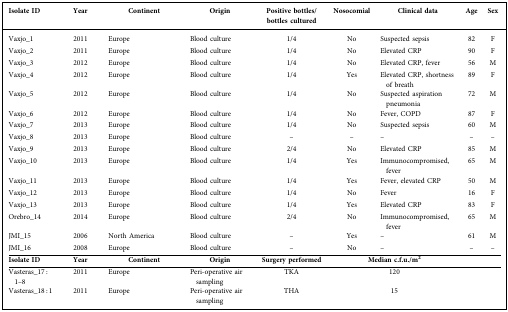
<table><thead><tr><td><b>Isolate ID</b></td><td><b>Year</b></td><td><b>Continent</b></td><td><b>Origin</b></td><td><b>Positive bottles/bottles cultured</b></td><td><b>Nosocomial</b></td><td><b>Clinical data</b></td><td><b>Age</b></td><td><b>Sex</b></td></tr></thead><tbody><tr><td>Vaxjo_1</td><td>2011</td><td>Europe</td><td>Blood culture</td><td>1/4</td><td>No</td><td>Suspected sepsis</td><td>82</td><td>F</td></tr><tr><td>Vaxjo_2</td><td>2011</td><td>Europe</td><td>Blood culture</td><td>1/4</td><td>No</td><td>Elevated CRP</td><td>90</td><td>F</td></tr><tr><td>Vaxjo_3</td><td>2012</td><td>Europe</td><td>Blood culture</td><td>1/4</td><td>No</td><td>Elevated CRP, fever</td><td>56</td><td>M</td></tr><tr><td>Vaxjo_4</td><td>2012</td><td>Europe</td><td>Blood culture</td><td>1/4</td><td>Yes</td><td>Elevated CRP, shortness of breath</td><td>89</td><td>F</td></tr><tr><td>Vaxjo_5</td><td>2012</td><td>Europe</td><td>Blood culture</td><td>1/4</td><td>No</td><td>Suspected aspiration pneumonia</td><td>72</td><td>M</td></tr><tr><td>Vaxjo_6</td><td>2012</td><td>Europe</td><td>Blood culture</td><td>1/4</td><td>No</td><td>Fever, COPD</td><td>87</td><td>F</td></tr><tr><td>Vaxjo_7</td><td>2013</td><td>Europe</td><td>Blood culture</td><td>1/4</td><td>No</td><td>Suspected sepsis</td><td>60</td><td>M</td></tr><tr><td>Vaxjo_8</td><td>2013</td><td>Europe</td><td>Blood culture</td><td>–</td><td>–</td><td>–</td><td>–</td><td>–</td></tr><tr><td>Vaxjo_9</td><td>2013</td><td>Europe</td><td>Blood culture</td><td>2/4</td><td>No</td><td>Elevated CRP</td><td>85</td><td>M</td></tr><tr><td>Vaxjo_10</td><td>2013</td><td>Europe</td><td>Blood culture</td><td>1/4</td><td>Yes</td><td>Immunocompromised, fever</td><td>65</td><td>M</td></tr><tr><td>Vaxjo_11</td><td>2013</td><td>Europe</td><td>Blood culture</td><td>1/4</td><td>Yes</td><td>Fever, elevated CRP</td><td>50</td><td>M</td></tr><tr><td>Vaxjo_12</td><td>2013</td><td>Europe</td><td>Blood culture</td><td>1/4</td><td>No</td><td>Fever</td><td>16</td><td>F</td></tr><tr><td>Vaxjo_13</td><td>2013</td><td>Europe</td><td>Blood culture</td><td>1/4</td><td>Yes</td><td>Elevated CRP</td><td>83</td><td>F</td></tr><tr><td>Orebro_14</td><td>2014</td><td>Europe</td><td>Blood culture</td><td>2/4</td><td>No</td><td>Immunocompromised, fever</td><td>65</td><td>M</td></tr><tr><td>JMI_15</td><td>2006</td><td>North America</td><td>Blood culture</td><td>–</td><td>Yes</td><td>–</td><td>61</td><td>M</td></tr><tr><td>JMI_16</td><td>2008</td><td>Europe</td><td>Blood culture</td><td>–</td><td>No</td><td>–</td><td>–</td><td>–</td></tr><tr><td><b>Isolate ID</b></td><td><b>Year</b></td><td><b>Continent</b></td><td><b>Origin</b></td><td><b>Surgery performed</b></td><td colspan="2"><b>Median c.f.u./m<sup>2</sup></b></td><td></td><td></td></tr><tr><td>Vasteras_17 :1–8</td><td>2011</td><td>Europe</td><td>Peri-operative air sampling</td><td>TKA</td><td colspan="2">120</td><td></td><td></td></tr><tr><td>Vasteras_18 : 1</td><td>2011</td><td>Europe</td><td>Peri-operative air sampling</td><td>THA</td><td colspan="2">15</td><td></td><td></td></tr></tbody></table>